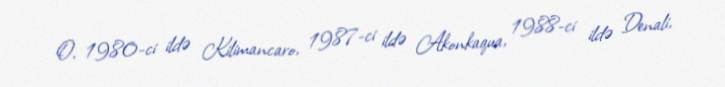
O, 1980-ci ildə Kilimancaro, 1987-ci ildə Akonkaqua, 1988-ci ildə Denali,